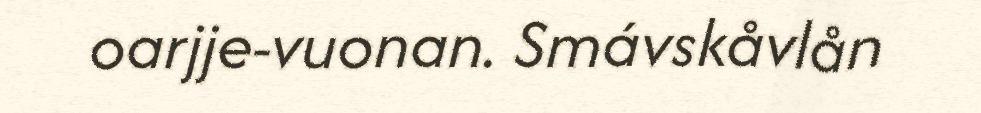
oarjje-vuonan. Smávskåvlån